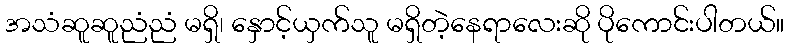
အသံဆူဆူညံညံ မရှိ၊ နှောင့်ယှက်သူ မရှိတဲ့နေရာလေးဆို ပိုကောင်းပါတယ်။